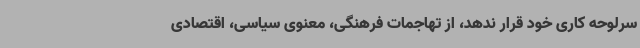
سرلوحه کاری خود قرار ندهد، از تهاجمات فرهنگی، معنوی سیاسی، اقتصادی